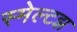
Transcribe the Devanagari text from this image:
स्मेल्टझ